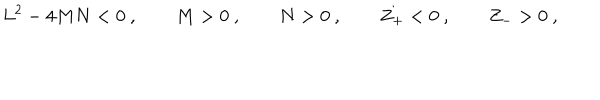
LaTeX: L ^ { 2 } - 4 M N < 0 \ , \qquad M > 0 \ , \qquad N > 0 \ , \qquad Z _ { + } < 0 \ , \qquad Z _ { - } > 0 \ ,